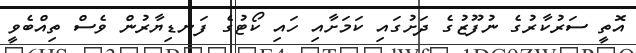
އޮތީ ސަރުކާރުގެ ނުފޫޒުގެ ދަށުގައި ކަމަށާއި ހައި ކޯޓުގެ ފަނޑިޔާރުން ވެސް ތިއްބެވީ